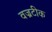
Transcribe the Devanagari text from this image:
वज्रटीक